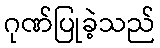
ဂုဏ်ပြုခဲ့သည်